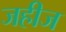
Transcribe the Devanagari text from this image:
जहीज